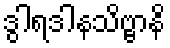
ဒွါရဒါနသိဗ္ဗာနိ